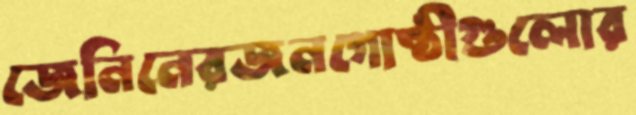
জেনিনেরজনগোষ্ঠীগুলোর